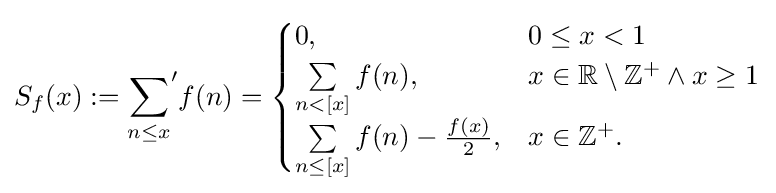
S_{f}(x):={\sum _{n\leq x}}^{\prime }f(n)={\begin{cases}0,&0\leq x<1\\\sum \limits _{n<[x]}f(n),&x\in \mathbb {R} \setminus \mathbb {Z} ^{+}\wedge x\geq 1\\\sum \limits _{n\leq [x]}f(n)-{\frac {f(x)}{2}},&x\in \mathbb {Z} ^{+}.\end{cases}}